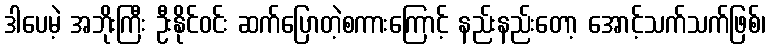
ဒါပေမဲ့ အဘိုးကြီး ဦးနိုင်ဝင်း ဆက်ပြောတဲ့စကားကြောင့် နည်းနည်းတော့ အောင့်သက်သက်ဖြစ်၊